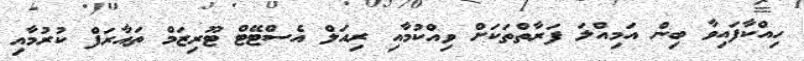
ހިއްކާފައިވާ ބިން އަމިއްލަ ފަރާތްތަކަށް ވިއްކުމާއި ރިއަލް އެސްޓޭޓް ޓޫރިޒަމް ތައާރަފް ކުރުމާއި